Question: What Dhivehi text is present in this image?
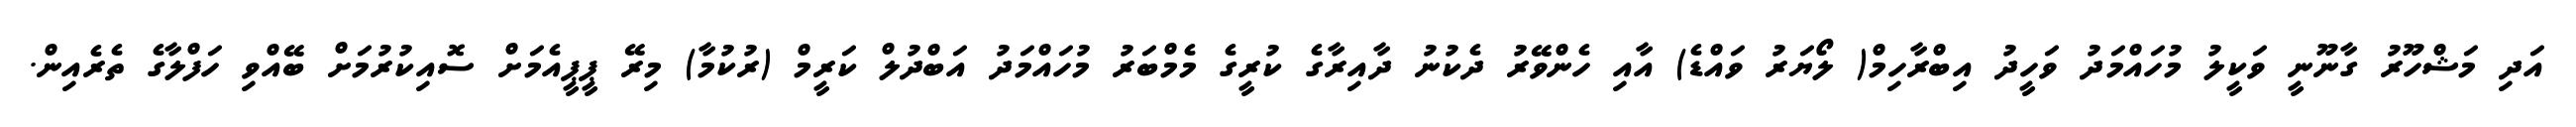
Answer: އަދި މަޝްހޫރު ގާނޫނީ ވަކީލު މުހައްމަދު ވަހީދު އިބްރާހިމް( ލޯޔަރު ވައްޑެ) އާއި ހެންވޭރު ދެކުނު ދާއިރާގެ ކުރީގެ މެމްބަރު މުހައްމަދު އަބްދުލް ކަރީމް (ރުކުމާ) މިރޭ ޕީޕީއެމަށް ސޮއިކުރުމަށް ބޭއްވި ހަފްލާގެ ތެރެއިން.